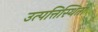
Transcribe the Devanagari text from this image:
उत्पत्तिस्थिती